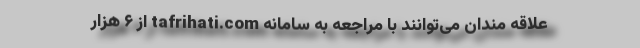
علاقه مندان می‌توانند با مراجعه به سامانه tafrihati.com از ۶ هزار